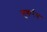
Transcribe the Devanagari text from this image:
मुक़र्रब